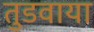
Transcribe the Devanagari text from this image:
तुडवाया